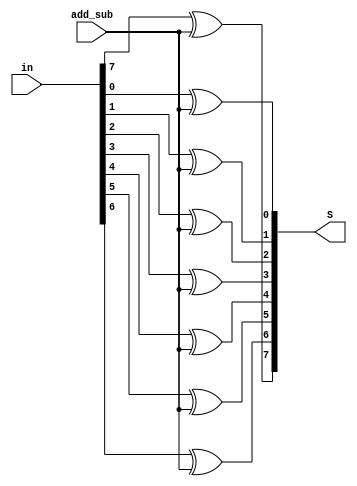
module ls86(
	input [7:0]in,
	input add_sub,
	output reg [7:0]S
);

integer i;

always@(*)
begin
	for (i = 0; i < 8; i = i + 1)
	begin
		S[i] <= (in[i] ^ add_sub);
	end
end
endmodule